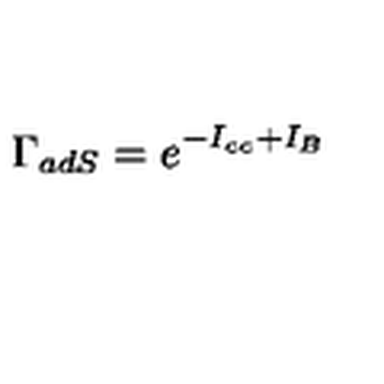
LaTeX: \Gamma _ { a d S } = e ^ { - I _ { c c } + I _ { B } }